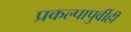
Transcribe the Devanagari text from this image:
प्रकल्पापुर्वीही